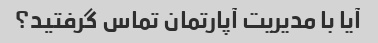
آیا با مدیریت آپارتمان تماس گرفتید؟